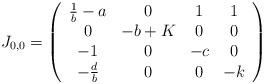
LaTeX: \begin{align*}J_{0,0} =\left( \begin{array}{cccc}\frac{1}{b}-a & 0 & 1 & 1 \\0 & -b+K & 0 & 0 \\-1 & 0 & -c & 0\\-\frac{d}{b} & 0 & 0 & -k \\\end{array} \right)\end{align*}